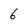
Character: 6